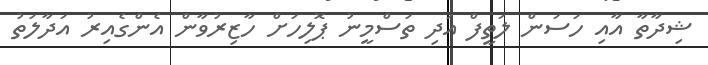
ޝިދާތާ އާއި ހަސަން ލަތީފް އަދި ތަސްމީނު ޕޮލިހަށް ހާޒިރުވާން އެންގެއިރު އަދާލަތު